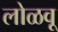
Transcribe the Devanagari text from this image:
लोळवू